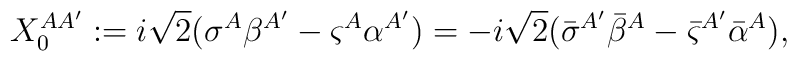
X^{A{A^\prime}}_{0}:=i{\sqrt2}(\sigma^{A} \beta^{A^\prime}- \varsigma^{A} \alpha^{A^\prime})=-i{\sqrt2}({\bar  \sigma}^{A^\prime}{\bar  \beta}^{A} -{\bar  \varsigma}^{A^\prime}{\bar  \alpha}^{A}),